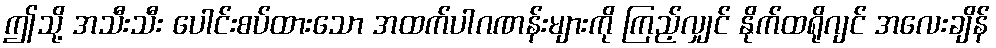
ဤသို့ အသီးသီး ပေါင်းစပ်ထားသော အထက်ပါဂဏန်းများကို ကြည့်လျှင် နိုက်ထရိုဂျင် အလေးချိန်